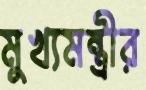
মুখ্যমন্ত্রীর